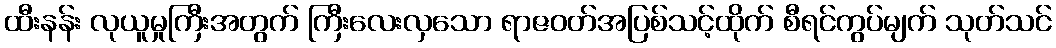
ထီးနန်း လုယူမှုကြီးအတွက် ကြီးလေးလှသော ရာဇဝတ်အပြစ်သင့်ထိုက် စီရင်ကွပ်မျက် သုတ်သင်